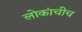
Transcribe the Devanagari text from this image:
लोकांचीच